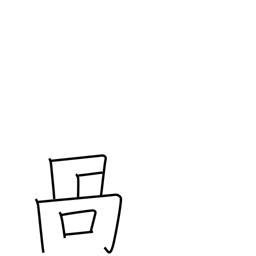
Meaning: crooked mouth